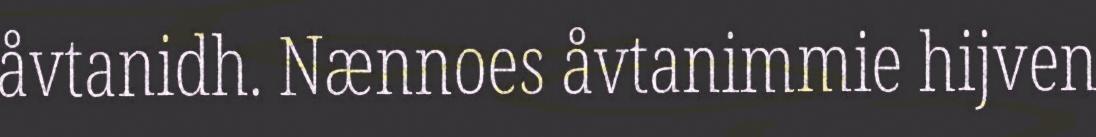
åvtanidh. Nænnoes åvtanimmie hijven